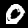
Label: 0